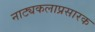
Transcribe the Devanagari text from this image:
नाट्यकलाप्रसारक